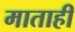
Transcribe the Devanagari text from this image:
माताही